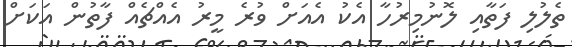
ތެލުލި ފަތާއި ލޮނުމިރުހާ އެކު އެއަށް ވުރެ މީރު އެއްޗެއް ފާތުން އަކަށް